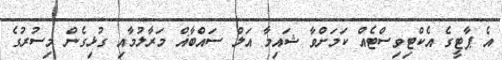
އެ ޕާޓީގެ އެކްޓިވިސްޓެއް ކަމަށްވާ ޝައިމާ އަލް ސައްބާޣް މަރާލުމާއި ގުޅިގެން މިސުރުގެ